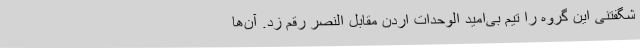
شگفتنی این گروه را تیم بی‌امید الوحدات اردن مقابل النصر رقم زد. آن‌ها